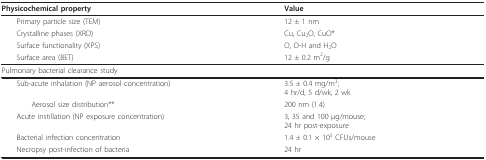
<table><thead><tr><td><b>Physicochemical property</b></td><td><b>Value</b></td></tr></thead><tbody><tr><td> Primary particle size (TEM)</td><td>12 ± 1 nm</td></tr><tr><td> Crystalline phases (XRD)</td><td>Cu, Cu<sub>2</sub>O, CuO*</td></tr><tr><td> Surface functionality (XPS)</td><td>O, O-H and H<sub>2</sub>O</td></tr><tr><td> Surface area (BET)</td><td>12 ± 0.2 m<sup>2</sup>/g</td></tr><tr><td>Pulmonary bacterial clearance study</td><td></td></tr><tr><td> Sub-acute inhalation (NP aerosol concentration)</td><td>3.5 ± 0.4 mg/m<sup>3</sup>;4 hr/d, 5 d/wk, 2 wk</td></tr><tr><td>Aerosol size distribution**</td><td>200 nm (1.4)</td></tr><tr><td> Acute instillation (NP exposure concentration)</td><td>3, 35 and 100 μg/mouse;24 hr post-exposure</td></tr><tr><td> Bacterial infection concentration</td><td>1.4 ± 0.1 × 10<sup>5 </sup>CFUs/mouse</td></tr><tr><td> Necropsy post-infection of bacteria</td><td>24 hr</td></tr></tbody></table>